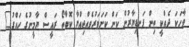
ވާހަކަ ދެއްކީ ތިން ފަނޑިޔާރުން ކަން ކަށަވަރުވެއްޖިއްޔާ ކޮބާތޯ ރައީސް ޔާމީނުގެ ހައްގު"